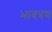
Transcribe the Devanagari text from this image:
भावत्रय